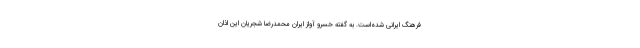
فرهنگ ایرانی شده‌است. به گفته خسرو آواز ایران محمدرضا شجریان این اذان